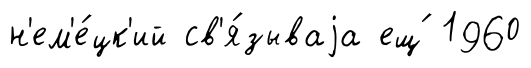
н'ем'е́цк'ий св'я́зываjа ещ́ 1960